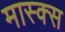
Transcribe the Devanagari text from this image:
मास्क्स